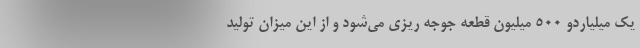
یک میلیاردو ۵۰۰ میلیون قطعه جوجه ریزی می‌شود و از این میزان تولید